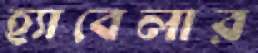
হ্যাবেলার